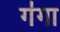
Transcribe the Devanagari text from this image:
ग॑गा